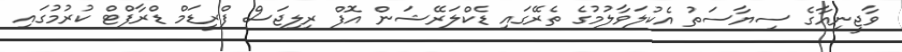
ވާޖީނިއާގެ ސިޔާސަތު އެކުލަވާލުމުގެ ތެރޭގައި ޑެކްލަރޭޝަން އޮފް ރިލިޖަސް ފްރީޑަމް ޑްރާފްޓް ކުރުމުގައި